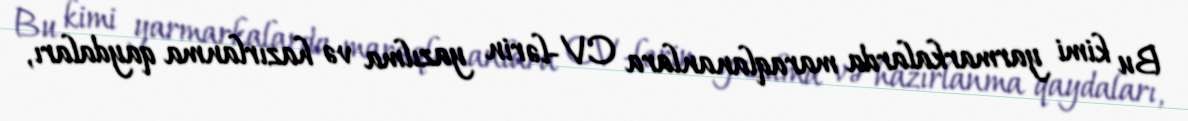
Bu kimi yarmarkalarda maraqlananlara CV-lərin yazılma və hazırlanma qaydaları,